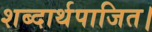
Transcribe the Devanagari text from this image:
शब्दार्थपाजित।